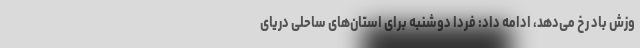
وزش باد رخ می‌دهد، ادامه داد: فردا دوشنبه برای استان‌های ساحلی دریای